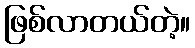
ဖြစ်လာတယ်တဲ့။